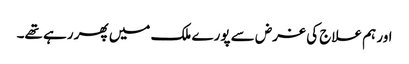
اور ہم علاج کی غرض سے پورے ملک میں پھر رہے تھے۔